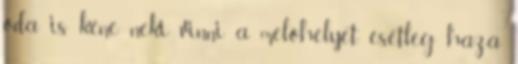
oda is kéne neki vinni a melóhelyet, esetleg haza